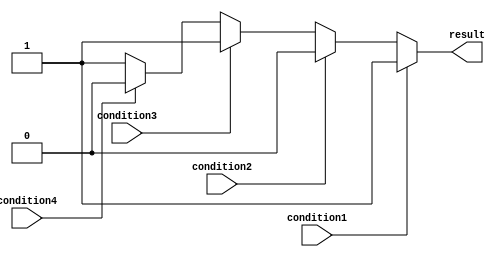
module multiple_if_else (
    input wire condition1,
    input wire condition2,
    input wire condition3,
    input wire condition4,
    output reg result
);

always @* begin
    if (condition1) begin
        result = 1'b1;
    end
    else if (condition2) begin
        result = 1'b0;
    end
    else if (condition3) begin
        result = 1'b1;
    end
    else if (condition4) begin
        result = 1'b0;
    end
    else begin
        result = 1'b1; // default condition
    end
end

endmodule